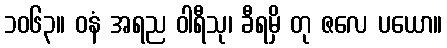
၁၀၆၃။ ဝနံ အရည ဝါရီသု၊ ခီရမှိ တု ဇလေ ပယော။